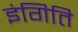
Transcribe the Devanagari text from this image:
इंगिति